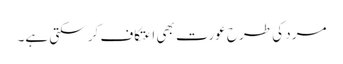
مرد کی طرح عورت بھی اعتکاف کر سکتی ہے۔